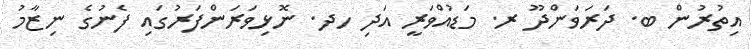
އިތުރުން ބ. ދަރަވަންދޫ ރ. މަޑުއްވަރީ އަދި ހދ. ނޮޅިވަރަންފަރުގައި ފެނުގެ ނިޒާމު